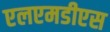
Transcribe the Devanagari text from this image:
एलएमडीएस